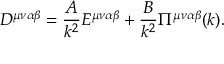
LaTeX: D ^ { \mu \nu \alpha \beta } = \frac { A } { k ^ { 2 } } E ^ { \mu \nu \alpha \beta } + \frac { B } { k ^ { 2 } } \Pi ^ { \mu \nu \alpha \beta } ( k ) .